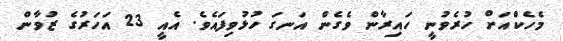
މެހެކްއަށް ހުރެވުނީ ހައިރާން ވެގެން އަނގަ ހުޅުވިފައެވެ. އެއީ 23 އަހަރުގެ ޒުވާން